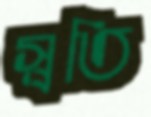
স্বতি